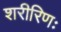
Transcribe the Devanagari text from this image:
शरीरिणः